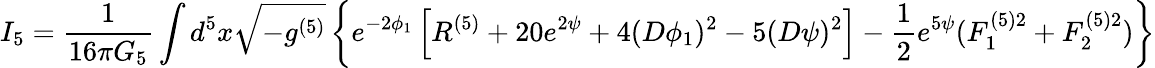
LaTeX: I_{5}=\frac{1}{16\pi G_{5}}\int d^{5}x\sqrt{-g^{(5)}}\left\{ e^{-2\phi_{1}}\left[R^{(5)}+20e^{2\psi}+4(D\phi_{1})^{2}-5(D\psi)^{2}\right]-\frac{1}{2}e^{5\psi}(F_{1}^{(5)2}+F_{2}^{(5)2})\right\}